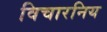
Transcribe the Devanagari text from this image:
विचारनिय